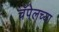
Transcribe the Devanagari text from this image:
चॅपेलच्या